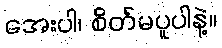
အေးပါ၊ စိတ်မပူပါနဲ့။